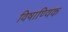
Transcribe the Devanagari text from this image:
विषाण्विक